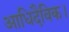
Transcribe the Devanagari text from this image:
आधिदैविक।